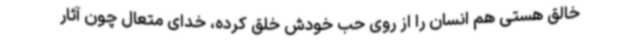
خالق هستی هم انسان را از روی حب خودش خلق کرده، خدای متعال چون آثار